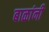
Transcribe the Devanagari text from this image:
बाळांनी